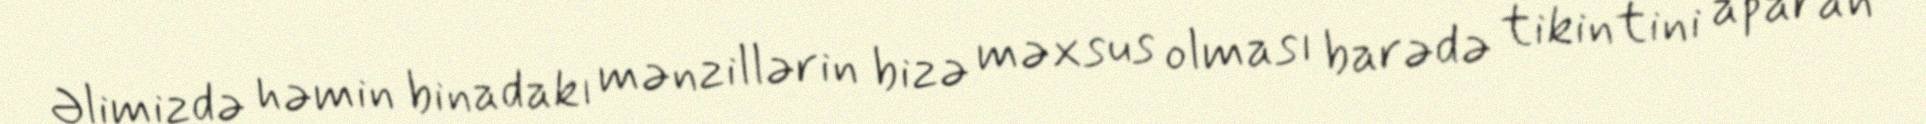
Əlimizdə həmin binadakı mənzillərin bizə məxsus olması barədə tikintini aparan